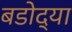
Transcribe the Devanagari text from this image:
बडोद्या